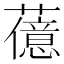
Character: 𬟆